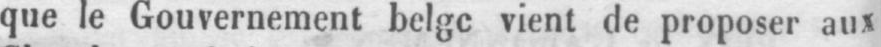
que le Gouvernement belge vient de proposer aux